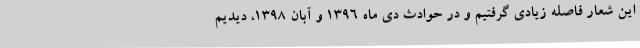
این شعار فاصله زیادی گرفتیم و در حوادث دی ماه ۱۳۹۶ و آبان ۱۳۹۸، دیدیم